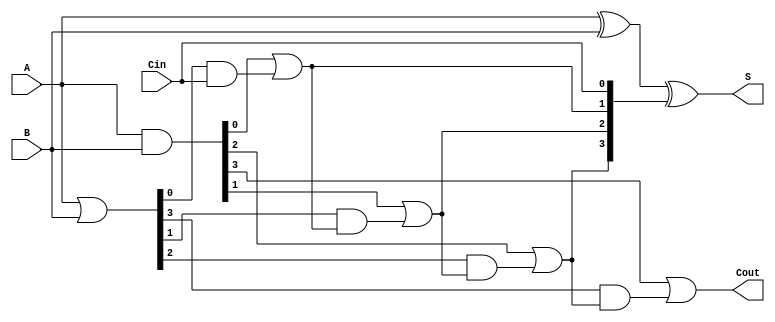
module SklanskyAdder #(parameter n = 4) (
    input  [n-1:0] A,
    input  [n-1:0] B,
    input          Cin,
    output [n-1:0] S,
    output         Cout
);

    // Generate and Propagate signals
    wire [n-1:0] G; // Generate
    wire [n-1:0] P; // Propagate
    wire [n:0] C;   // Carry

    // Generate and Propagate calculations
    assign G = A & B;          // G[i] = A[i] AND B[i]
    assign P = A | B;          // P[i] = A[i] OR B[i]

    // Carry calculations using Sklansky method
    assign C[0] = Cin;         // C[0] = Cin

    genvar i;
    generate
        for (i = 0; i < n; i = i + 1) begin : carry_gen
            if (i == 0) begin
                assign C[1] = G[0] | (P[0] & C[0]); // C[1]
            end else begin
                assign C[i + 1] = G[i] | (P[i] & C[i]); // C[i + 1]
            end
        end
    endgenerate

    // Sum calculation
    assign S = A ^ B ^ C[n-1:0]; // S[i] = A[i] XOR B[i] XOR C[i]

    // Carry out
    assign Cout = C[n]; // Cout = C[n]

endmodule